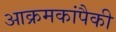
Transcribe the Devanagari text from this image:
आक्रमकांपैकी